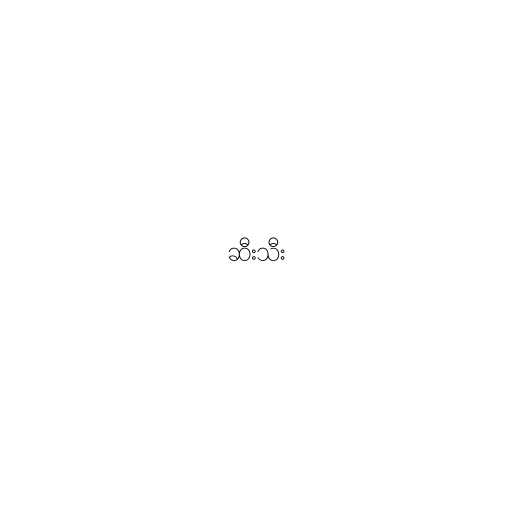
ဆီးသီး